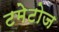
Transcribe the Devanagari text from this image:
टमेटोज